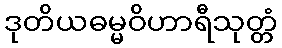
ဒုတိယဓမ္မဝိဟာရီသုတ္တံ